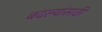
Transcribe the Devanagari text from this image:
बदल्यांसाठी